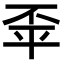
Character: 𢆓